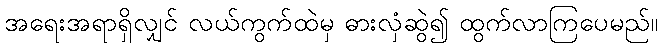
အရေးအရာရှိလျှင် လယ်ကွက်ထဲမှ ဓားလှံဆွဲ၍ ထွက်လာကြပေမည်။